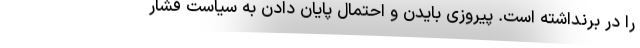
را در برنداشته است. پیروزی بایدن و احتمال پایان دادن به سیاست فشار